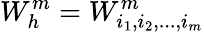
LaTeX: W_{h}^{m}=W_{i_{1},i_{2},...,i_{m}}^{m}